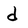
Character: d